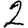
Digit: 2